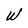
Character: W